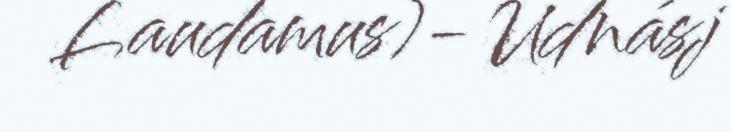
Laudamus)- Udnásj